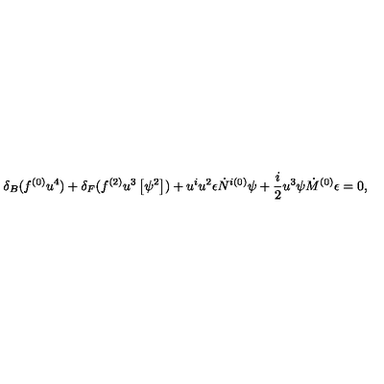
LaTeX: \delta _ { B } ( f ^ { ( 0 ) } u ^ { 4 } ) + \delta _ { F } ( f ^ { ( 2 ) } u ^ { 3 } \left[ \psi ^ { 2 } \right] ) + u ^ { i } u ^ { 2 } \epsilon \dot { N } ^ { i ( 0 ) } \psi + \frac { i } { 2 } u ^ { 3 } \psi \dot { M } ^ { ( 0 ) } \epsilon = 0 ,